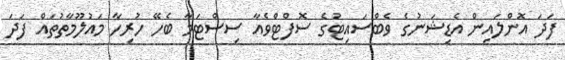
ފަދަ އޮންލައިން އެޑިޝަނުގެ ވެބްސައިޓުގެ ސޮފްޓްވެއާ ސިސްޓަމާ ބެހޭ ހުރިހާ މައުލޫމާތުތައް ފަދަ